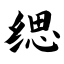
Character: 缌